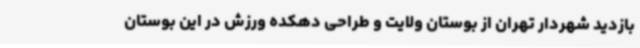
بازدید شهردار تهران از بوستان ولایت و طراحی دهکده ورزش در این بوستان